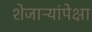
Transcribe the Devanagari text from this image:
शेजाऱ्यांपेक्षा